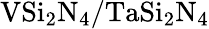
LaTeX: \mathrm{VSi_{2}N_{4}/TaSi_{2}N_{4}}